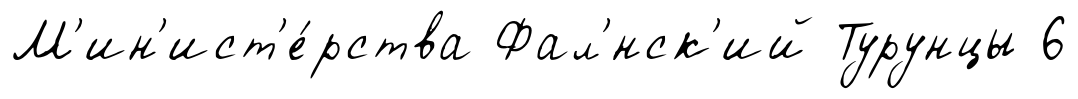
М'ин'ист'е́рства Фал'́нск'ий Турунцы 6